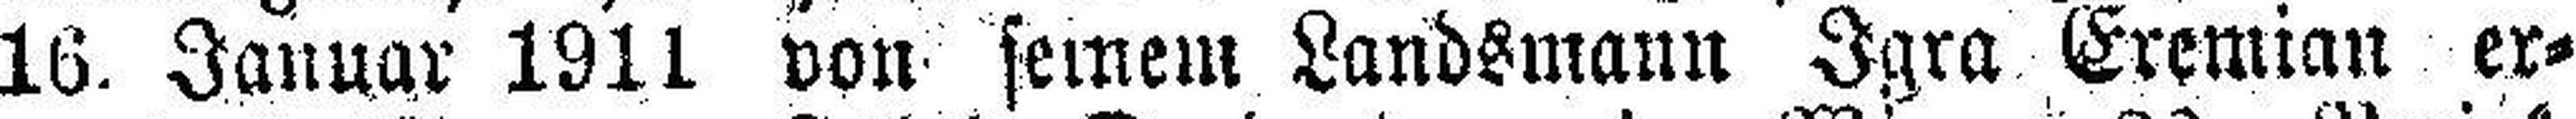
16. Januar 1911 von seinem Landsmann Igra Eremian er¬